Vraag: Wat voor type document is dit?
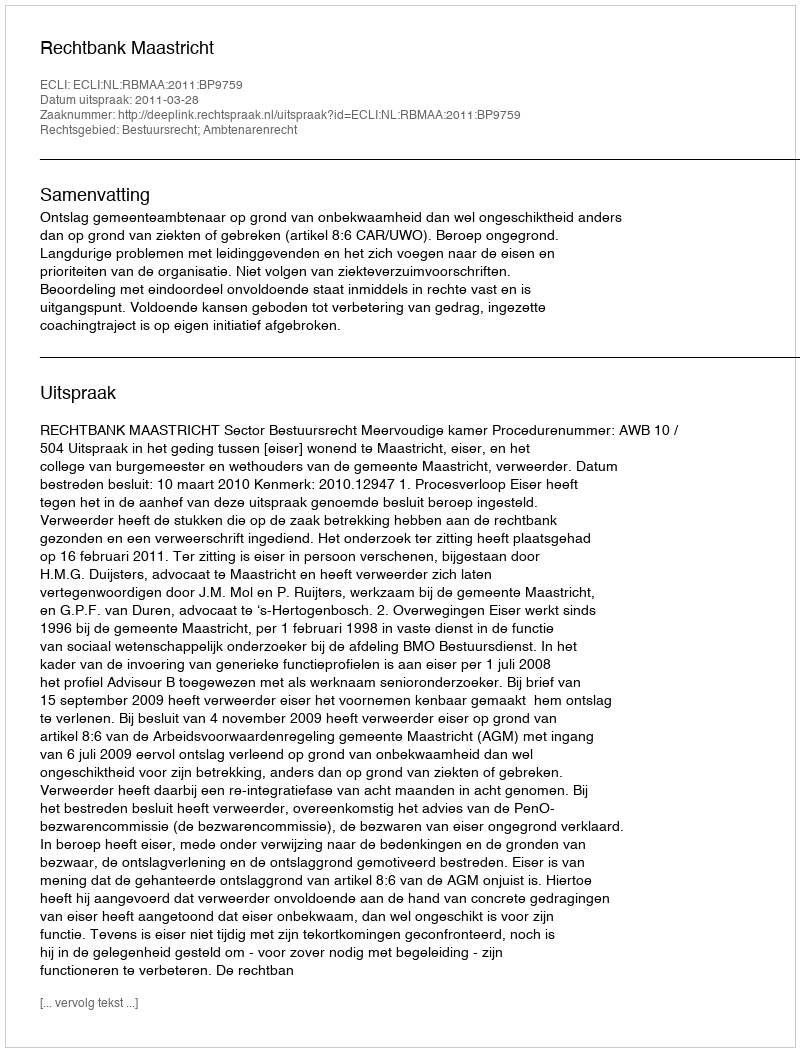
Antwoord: Uitspraak